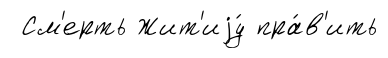
См'ерть Жит'иjу́ пра́в'ить